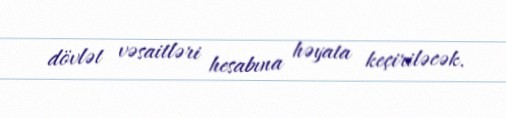
dövlət vəsaitləri hesabına həyata keçiriləcək.